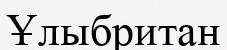
Ұлыбритан